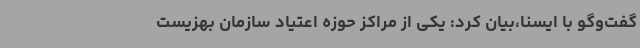
گفت‌وگو با ایسنا،بیان کرد: یکی از مراکز حوزه اعتیاد سازمان بهزیست